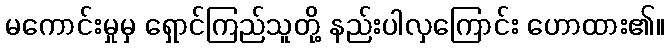
မကောင်းမှုမှ ရှောင်ကြည်သူတို့ နည်းပါလှကြောင်း ဟောထား၏။